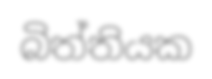
බිත්තියක